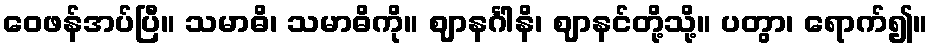
ဝေဖန်အပ်ပြီ။ သမာဓိ၊ သမာဓိကို။ ဈာနင်္ဂါနိ၊ ဈာနင်တို့သို့။ ပတွာ၊ ရောက်၍။